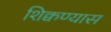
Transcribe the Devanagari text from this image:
शिक्वण्यास